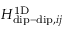
H _ { \mathrm { d i p - d i p } , i j } ^ { \mathrm { 1 D } }